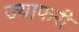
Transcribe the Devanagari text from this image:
ज्याफरी